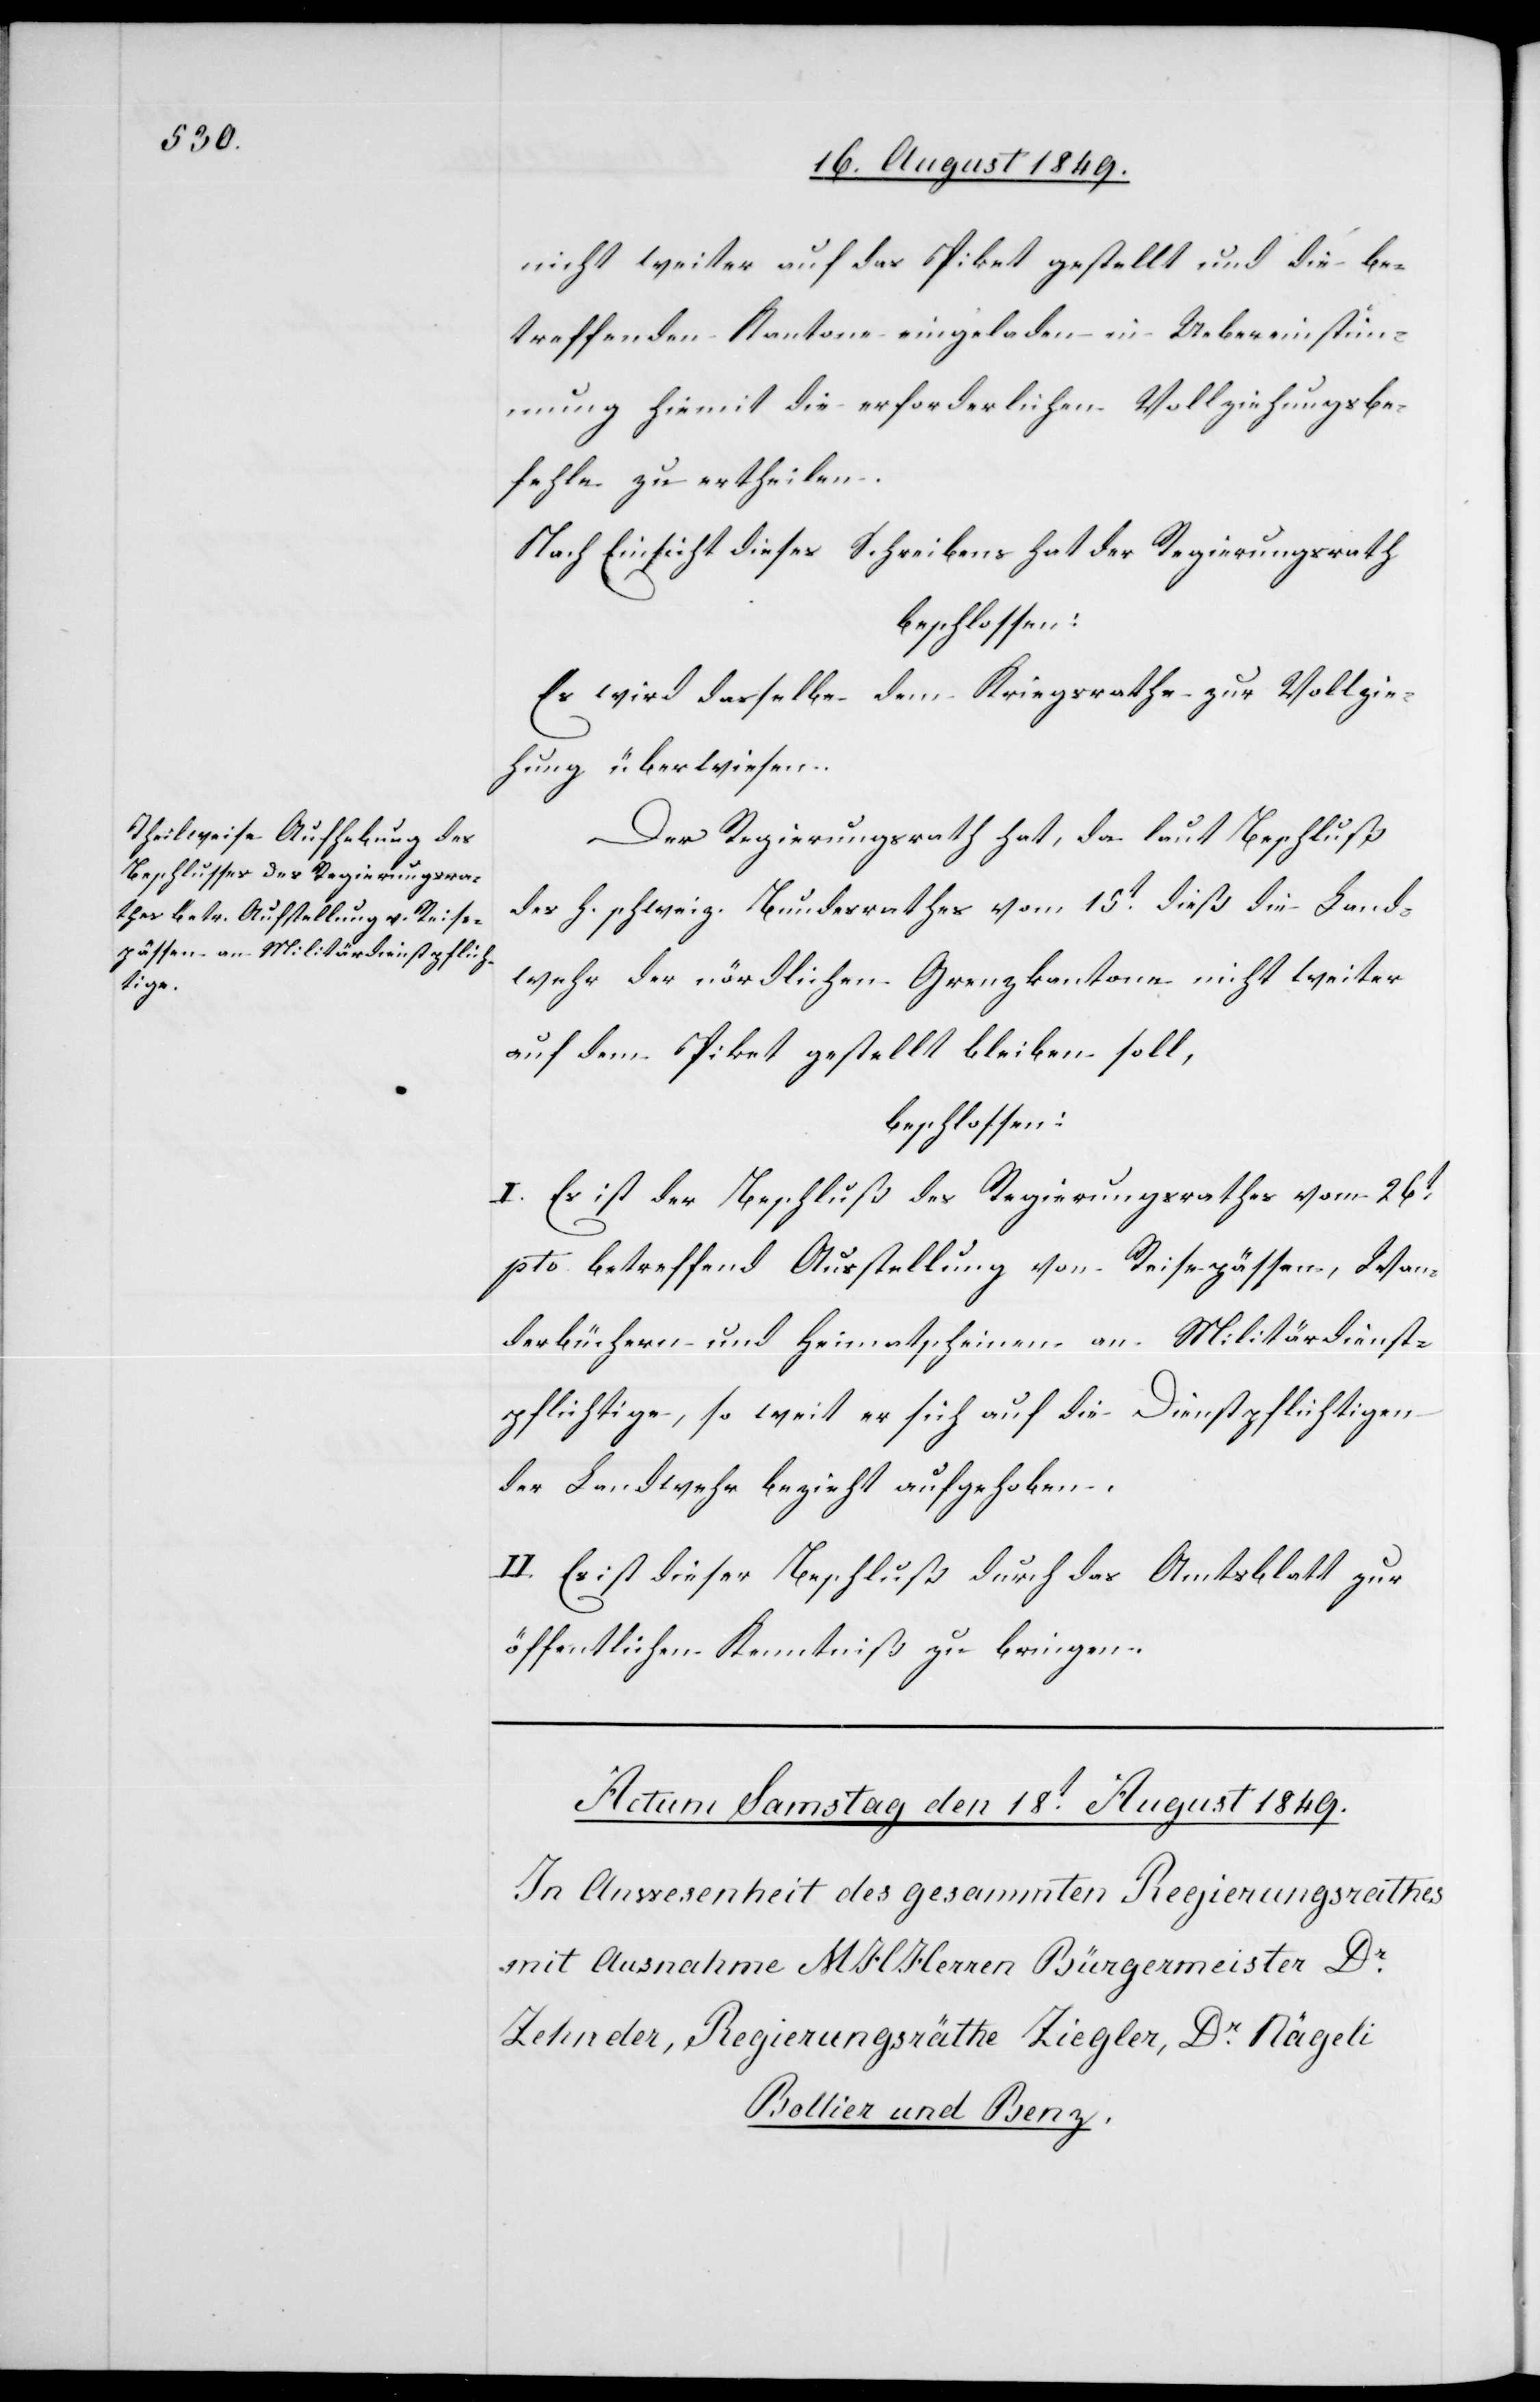
nicht weiter auf das Piket gestellt und die be¬
treffenden Kantone eingeladen in Uebereinstim¬
mung hiemit die erforderlichen Vollziehungsbe¬
fehle zu ertheilen.
Nach Einsicht dieses Schreibens hat der Regierungsrath
beschlossen:
Es wird dasselbe dem Kriegsrathe zur Vollzie¬
hung überwiesen.
Der Regierungsrath hat, da laut Beschluß
des h. schweiz. Bundesrathes vom 15t dieß die Land¬
wehr der nördlichen Grenzkantone nicht weiter
auf dem Piket gestellt bleiben soll,
beschlossen:
I. Es ist der Beschluß des Regierungsrathes vom 26t
pto. betreffend Ausstellung von Reisepässen, Wan¬
derbüchern und Heimatscheinen an Militärdienst¬
pflichtige, so weit er sich auf die Dienstpflichtigen
der Landwehr bezieht aufgehoben.
II. Es ist dieser Beschluß durch das Amtsblatt zur
öffentlichen Kenntniß zu bringen.